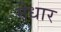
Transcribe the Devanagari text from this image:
मेधार